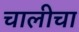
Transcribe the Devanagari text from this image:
चालीचा